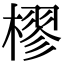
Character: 樛